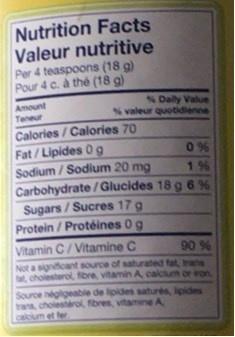
Nutrition Facts Valeur nutritive Per 4 teaspoons (18 g) Pour 4 c. à the (18 g)
Amount Teneur
SDaily Value S valeur quotidienne
Calories / Calories 70 Fat/Lipides 0 g Sodium / Sodium 20 mg Carbohydrate /Glucides 18 g 6 % Sugars / Sucres 17 g Protein / Protéines 0g
0 %
1%
Vitamin C/Vitamine C Not a significant source of saturated fat, trans t, cholesterol, fbre, vitamin A, calcium or ron Source negligeable de lipides saturés, ipides rans, cholesterol, fibres, vitamine A Calclum et fer
90 %